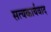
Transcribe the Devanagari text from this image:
सत्यकार्यवाद